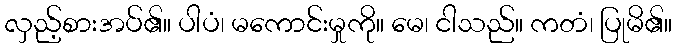
လှည့်စားအပ်၏။ ပါပံ၊ မကောင်းမှုကို။ မေ၊ ငါသည်။ ကတံ၊ ပြုမိ၏။